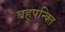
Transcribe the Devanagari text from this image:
बहुपन्क्ति